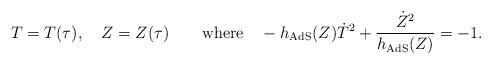
LaTeX: \begin{align*}T=T(\tau), \quad Z=Z(\tau) \qquad \textrm{where} \quad-h_\textrm{AdS}(Z)\dot T^2+\frac{\dot Z^2}{h_\textrm{AdS}(Z)}=-1.\end{align*}